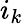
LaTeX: i_{k}